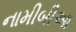
નામીબીઆ